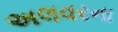
અલવરના